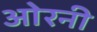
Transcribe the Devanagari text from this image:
ओरनी